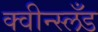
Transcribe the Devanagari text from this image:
क्वीन्स्लँड